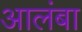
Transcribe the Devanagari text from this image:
आलंबा